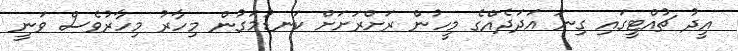
އީދު ޗުއްޓީގައި ގިނަ އަދަދެއްގެ މީހުން ރަށްރަށަށް ކަނޑުމަގުން މިހާރު މިހާރުވެސް ވަނީ